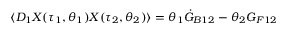
\langle D _ { 1 } X ( \tau _ { 1 } , \theta _ { 1 } ) X ( \tau _ { 2 } , \theta _ { 2 } ) \rangle = \theta _ { 1 } \dot { \cal G } _ { B 1 2 } - \theta _ { 2 } { \cal G } _ { F 1 2 }